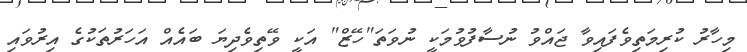
މިހާރު ކުރިމަތިވެފައިވާ ޖައްވު ނުސާފުވުމަކީ ނުވަތަ"ހޭޒް" އަކީ ވޭތިވެދިޔަ ބައެއް އަހަރުތަކުގެ އިރުވައި